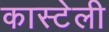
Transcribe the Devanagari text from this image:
कास्टेली